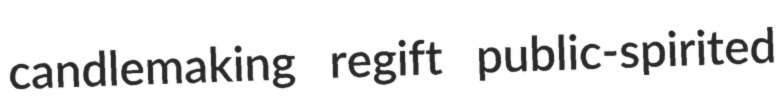
candlemaking regift public-spirited